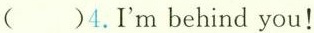
( )4.I'm behind you！